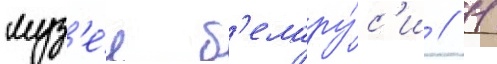
муз'е́е б'елару́с'и // 11